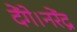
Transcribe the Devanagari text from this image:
देंगे।नरेंद्र